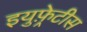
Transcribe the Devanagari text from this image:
इयुफ़्रेटीस